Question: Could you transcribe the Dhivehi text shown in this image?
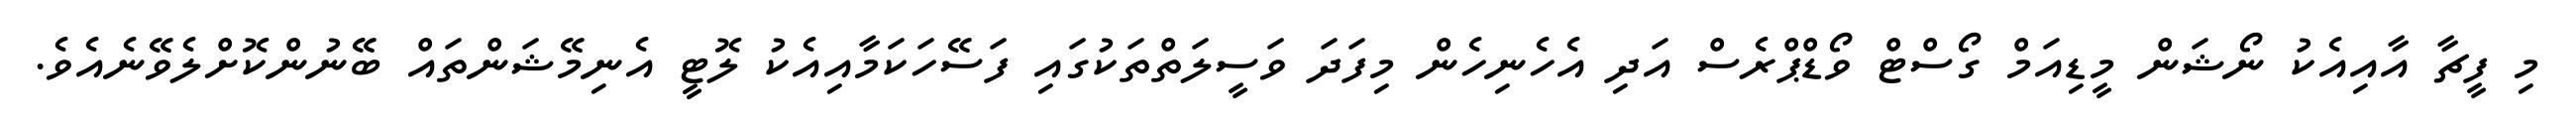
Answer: މި ފީޗާ އާއިއެކު ނޯޝަން މީޑިއަމް ގޯސްޓް ވޯޑްޕްރެސް އަދި އެހެނިހެން މިފަދަ ވަސީލަތްތަކުގައި ފަސޭހަކަމާއިއެކު ލޮޓީ އެނިމޭޝަންތައް ބޭނުންކޮށްލެވޭނެއެވެ.